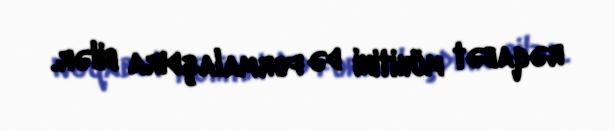
rəqabət mühitini də formalaşdıra bilər.